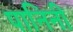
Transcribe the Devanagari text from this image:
पानिनी